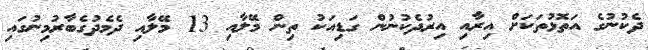
ދެކުނުގެ އަތޮޅުތަކަށް އިރާއި އިރުދެކުނުން ގަޑިއަކު ތިން މޭލާއި 13 މޭލާއި ދެމެދުގެބާރުމިނުގައި